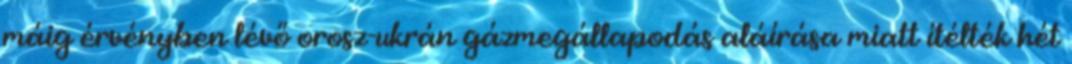
máig érvényben lévő orosz-ukrán gázmegállapodás aláírása miatt ítélték hét